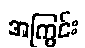
အကြွင်း